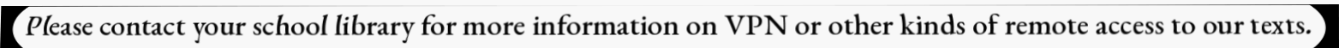
Please contact your school library for more information on VPN or other kinds of remote access to our texts.